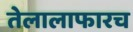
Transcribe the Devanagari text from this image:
तेलालाफारच